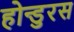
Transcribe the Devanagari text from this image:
होन्डुरस